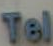
Tel